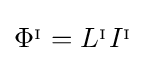
\mathrm {\Phi } ^{_{\mathrm {I} }}=L^{_{\mathrm {I} }}I^{_{\mathrm {I} }}